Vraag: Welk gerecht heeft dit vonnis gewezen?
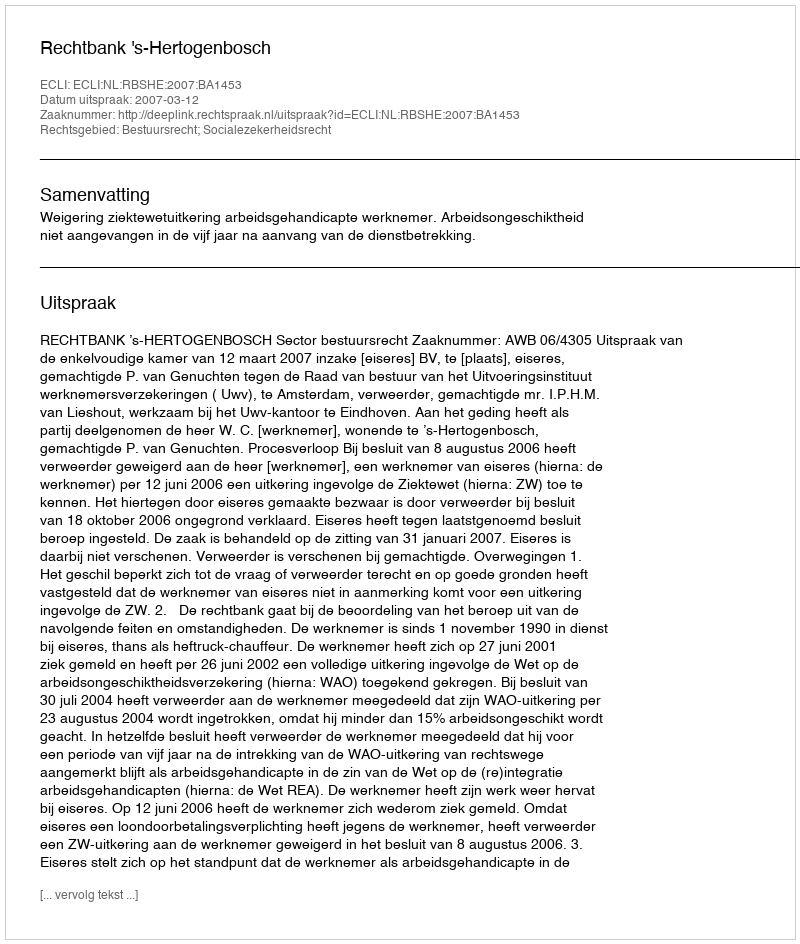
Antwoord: Rechtbank 's-Hertogenbosch